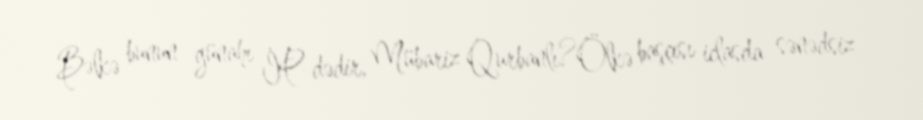
Bəlkə bunun günahı İP-dədir, Mübariz Qurbanlı?Ölkə başçısı iclasda sənədsiz